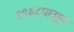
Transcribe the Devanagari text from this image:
१९६८पासून